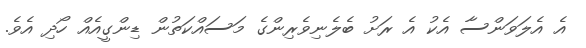
އެ އެލަވަންސާ އެކު އެ ރަށު ބެލެނިވެރިންގެ މަސައްކަތުން ޑިންގީއެއް ހޯދި އެވެ.